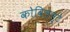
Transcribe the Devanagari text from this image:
कोविलन्टे